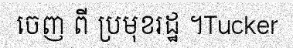
ចេញ ពី ប្រមុខរដ្ឋ ។Tucker